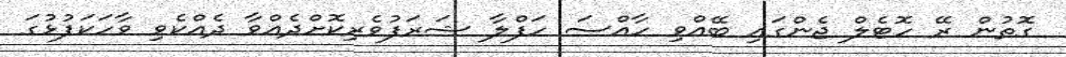
ގޮތުން ރޭ ހޮޓެލް ޖެންގައި ބޭއްވި ހާއްސަ ހަފްލާ ޝަރަފުވެރިކޮށްދެއްވާ ދެއްކެވި ވާހަކަފުޅުގަ